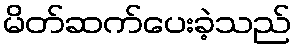
မိတ်ဆက်ပေးခဲ့သည်